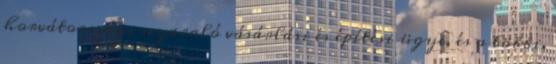
horvátországi nyaraló vásárlási és építési ügye, és a többi.